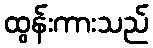
ထွန်းကားသည်